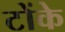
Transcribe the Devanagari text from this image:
टोंके